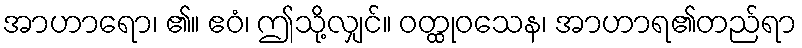
အာဟာရော၊ ၏။ ဧဝံ၊ ဤသို့လျှင်။ ဝတ္ထုဝသေန၊ အာဟာရ၏တည်ရာ